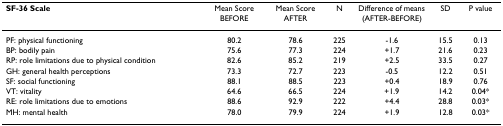
<table><thead><tr><td><b>SF-36 Scale</b></td><td><b>Mean Score BEFORE</b></td><td><b>Mean Score AFTER</b></td><td><b>N</b></td><td><b>Difference of means (AFTER-BEFORE)</b></td><td><b>SD</b></td><td><b>P value</b></td></tr></thead><tbody><tr><td>PF: physical functioning</td><td>80.2</td><td>78.6</td><td>225</td><td>-1.6</td><td>15.5</td><td>0.13</td></tr><tr><td>BP: bodily pain</td><td>75.6</td><td>77.3</td><td>224</td><td>+1.7</td><td>21.6</td><td>0.23</td></tr><tr><td>RP: role limitations due to physical condition</td><td>82.6</td><td>85.2</td><td>219</td><td>+2.5</td><td>33.5</td><td>0.27</td></tr><tr><td>GH: general health perceptions</td><td>73.3</td><td>72.7</td><td>223</td><td>-0.5</td><td>12.2</td><td>0.51</td></tr><tr><td>SF: social functioning</td><td>88.1</td><td>88.5</td><td>223</td><td>+0.4</td><td>18.9</td><td>0.76</td></tr><tr><td>VT: vitality</td><td>64.6</td><td>66.5</td><td>224</td><td>+1.9</td><td>14.2</td><td>0.04*</td></tr><tr><td>RE: role limitations due to emotions</td><td>88.6</td><td>92.9</td><td>222</td><td>+4.4</td><td>28.8</td><td>0.03*</td></tr><tr><td>MH: mental health</td><td>78.0</td><td>79.9</td><td>224</td><td>+1.9</td><td>12.8</td><td>0.03*</td></tr></tbody></table>